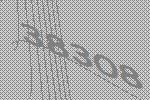
38308